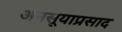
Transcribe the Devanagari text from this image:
अनसूयाप्रसाद